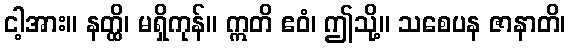
ငါ့အား။ နတ္ထိ၊ မရှိကုန်။ ဣတိ ဧဝံ၊ ဤသို့။ သစေပန ဇာနာတိ၊